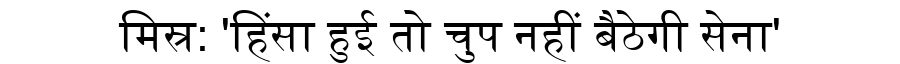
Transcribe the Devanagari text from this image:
मिस्र: 'हिंसा हुई तो चुप नहीं बैठेगी सेना'